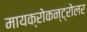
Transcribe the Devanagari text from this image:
मायक्रोकन्ट्रोलर